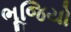
ભૂજિયો